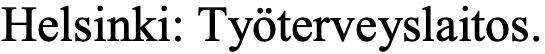
Helsinki: Työterveyslaitos.